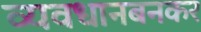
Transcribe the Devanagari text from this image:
व्यवधानबनकर